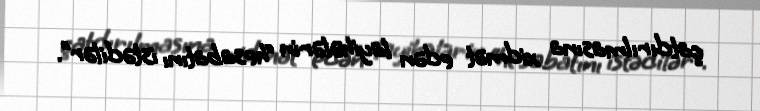
çatdırılmasına xidmət edən layihələrin “hesabatını istədilər”.